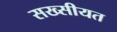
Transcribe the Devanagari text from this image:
सख्सीयत